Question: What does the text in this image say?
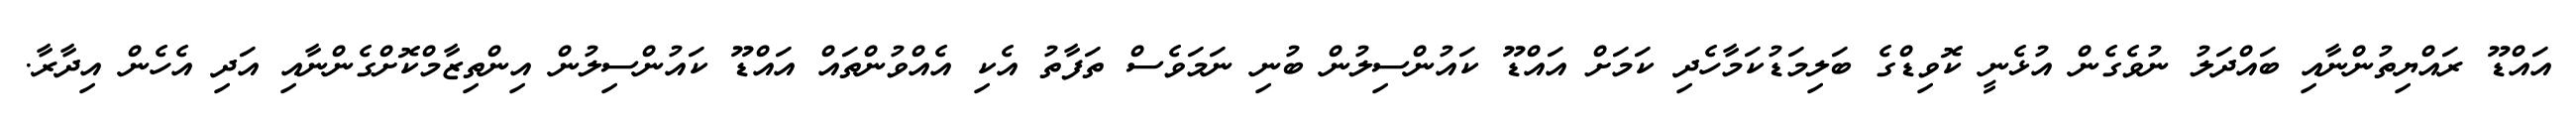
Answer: އައްޑޫ ރައްޔިތުންނާއި ބައްދަލު ނުވެގެން އުޅެނީ ކޮވިޑްގެ ބަލިމަޑުކަމާހެދި ކަމަށް އައްޑޫ ކައުންސިލުން ބުނި ނަމަވެސް ތަފާތު އެކި އެއްވުންތައް އައްޑޫ ކައުންސިލުން އިންތިޒާމްކޮށްގެންނާއި އަދި އެހެން އިދާރާ.